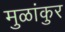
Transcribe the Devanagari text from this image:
मुळांकुर